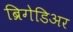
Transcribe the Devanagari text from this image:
ब्रिगेडिअर